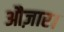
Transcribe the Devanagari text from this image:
औज़ार।